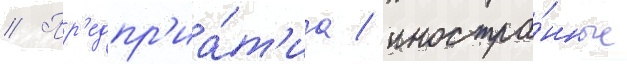
// Пр'едпр'иа́т'иа / иностра́нные